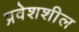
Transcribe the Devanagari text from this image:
प्रवेशशील